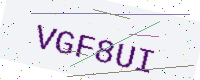
Text: VGF8UI